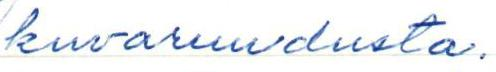
kuvaruudusta.